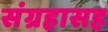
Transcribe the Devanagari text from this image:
संग्रहासह